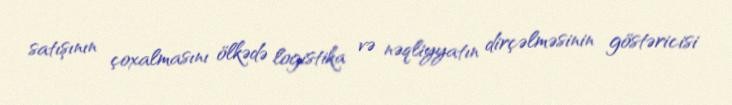
satışının çoxalmasını ölkədə logistika və nəqliyyatın dirçəlməsinin göstəricisi